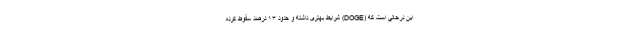
این درحالی است که (DOGE) شرایط بهتری داشته و حدود ۱۳ درصد سقوط کرده